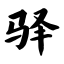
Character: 驿